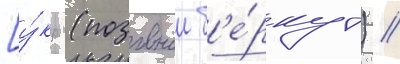
[у́кр. (позывнои б'е́ркут) //